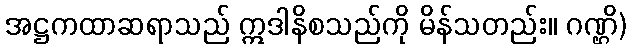
အဋ္ဌကထာဆရာသည် ဣဒါနိစသည်ကို မိန်သတည်း။ ဂဏ္ဌိ)